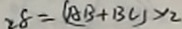
2 8 = ( A B + B C ) \times 2